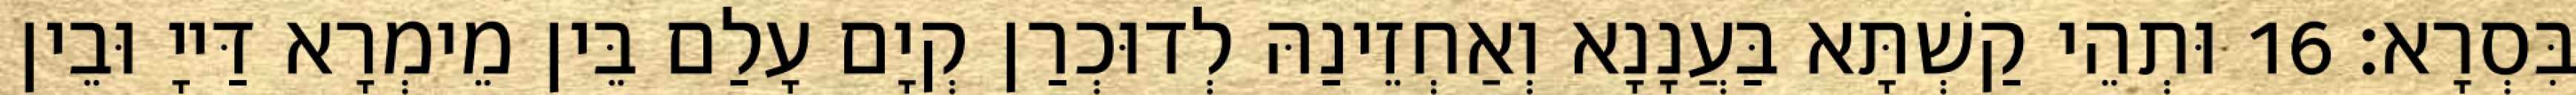
בִּסְרָא׃ 16 וּתְהֵי קַשְׁתָּא בַּעֲנָנָא וְאַחְזֵינַהּ לְדוּכְרַן קְיָם עָלַם בֵּין מֵימְרָא דַּייָ וּבֵין